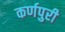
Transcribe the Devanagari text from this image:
कर्णपुरी